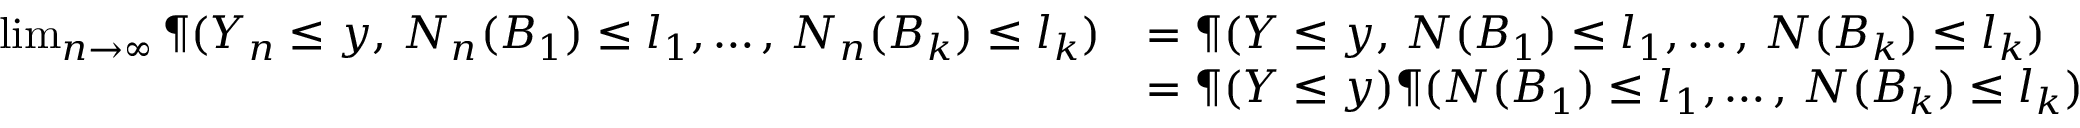
\begin{array} { r l } { \operatorname* { l i m } _ { n \to \infty } \P ( Y _ { n } \leq y , \, N _ { n } ( B _ { 1 } ) \leq l _ { 1 } , \ldots , \, N _ { n } ( B _ { k } ) \leq l _ { k } ) } & { = \P ( { Y } \leq y , \, { N } ( B _ { 1 } ) \leq l _ { 1 } , \ldots , \, { N } ( B _ { k } ) \leq l _ { k } ) } \\ & { = \P ( { Y } \leq y ) \P ( { N } ( B _ { 1 } ) \leq l _ { 1 } , \ldots , \, { N } ( B _ { k } ) \leq l _ { k } ) } \end{array}